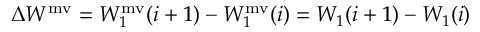
\Delta W ^ { \mathrm { m v } } = W _ { 1 } ^ { \mathrm { m v } } ( i + 1 ) - W _ { 1 } ^ { \mathrm { m v } } ( i ) = W _ { 1 } ( i + 1 ) - W _ { 1 } ( i )